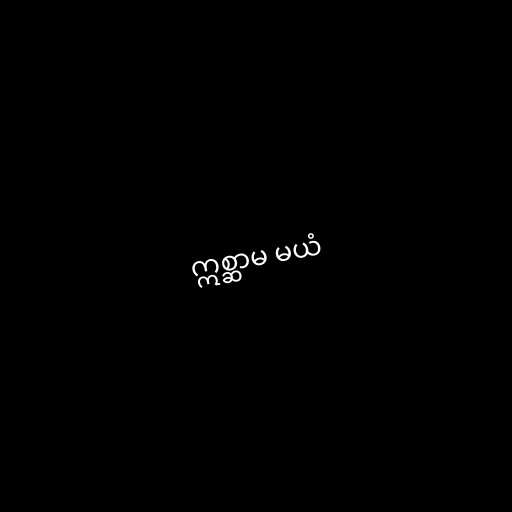
ဣစ္ဆာမ မယံ